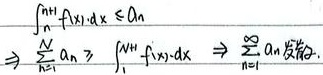
\(\int_{n}^{n + 1}f(x)dx\leqslant a_n\)
\(\Rightarrow\sum_{n = 1}^{N}a_n\geqslant\sum_{n = 1}^{N}\int_{n}^{n + 1}f(x)dx\Rightarrow\sum_{n = 1}^{\infty}a_n\)发散.